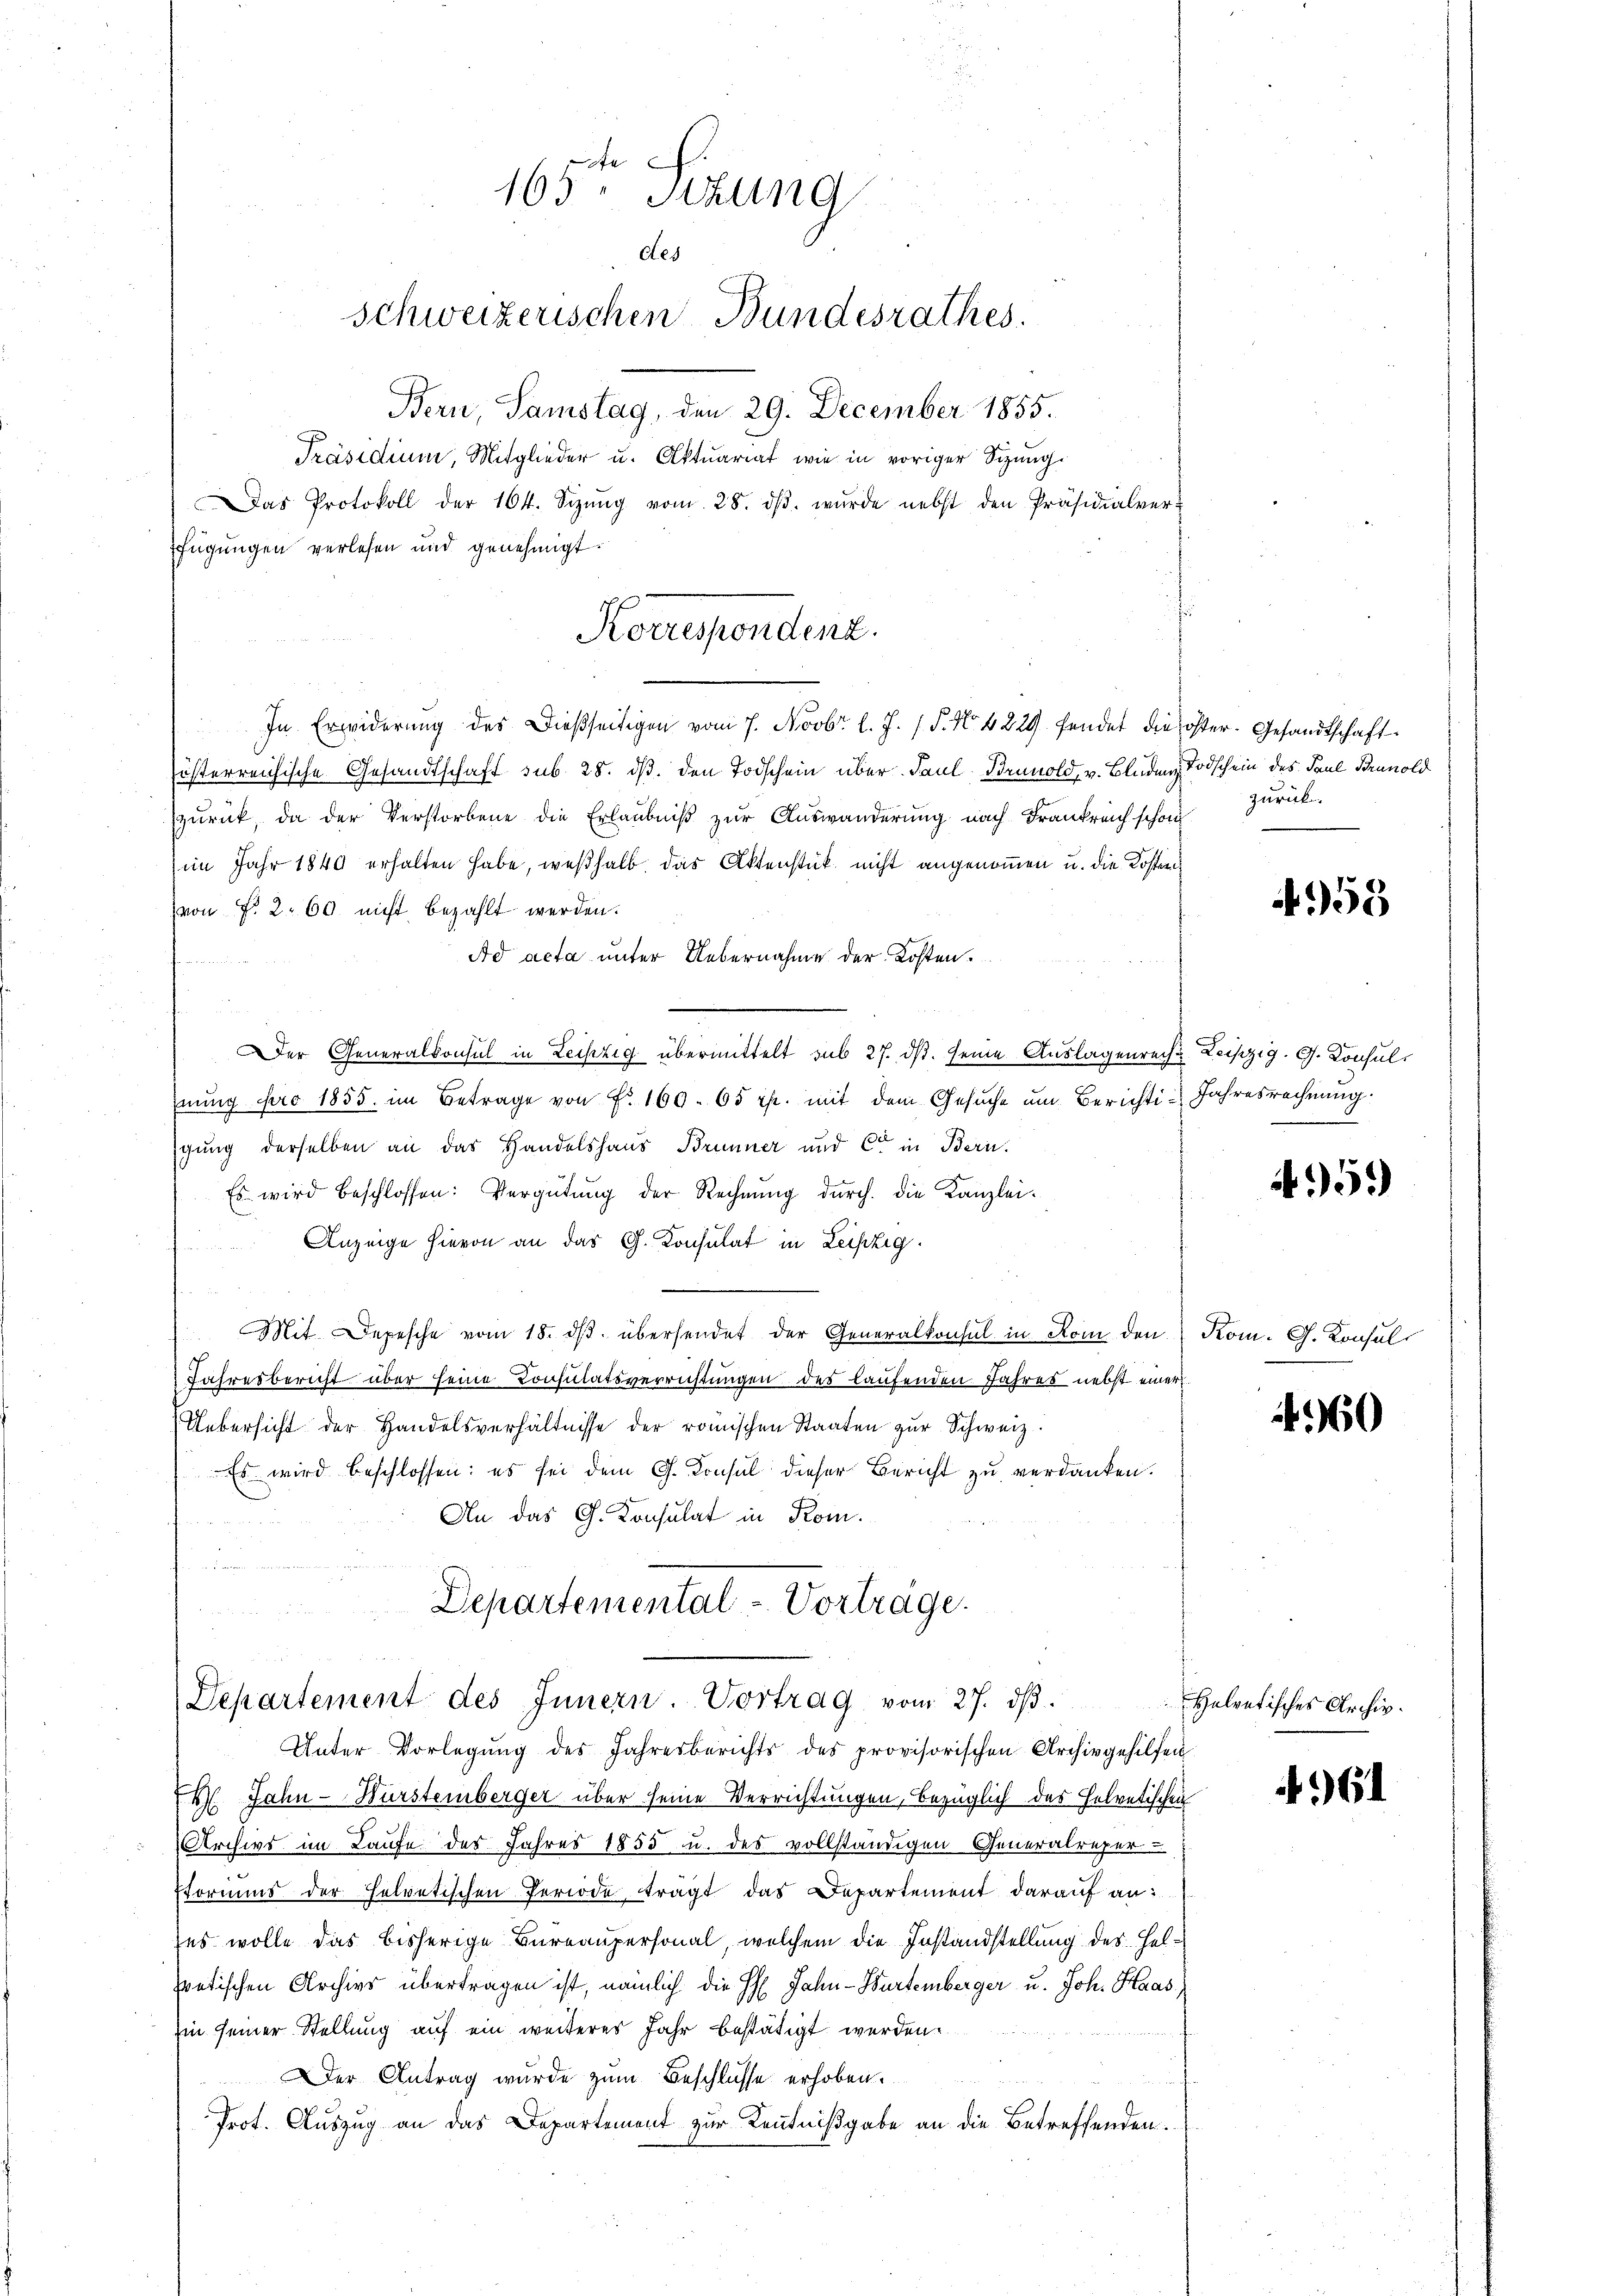
165ten Sizung
des
Schweizerischen Bundesrathes.
Bern, Samstag, den 29. December 1855.
Präsidium, Mitglieder u. Aktuariat wie in voriger Sizung.
Das Protokoll der 164. Sizŭng vom 28. dβ. wŭrde nebst den Präsidialver-
fügungen verlesen und genehmigt.

österreichische Gesandtschaft sub 28. ds. den Todschein über Paul Brunold, v. Bluden Todschein des Paul Brunold
zurück, da der Verstorbene die Erlaubniß zur Auswanderung nach Frankreich schon
(im Jahr 1840 erhalten habe, weßhalb. Das Aktenstück nicht angenommen u. die Kosten
(von Fr. 2. 60 nicht bezahlt werden.
Ad acta unter Uebernahme der Kosten
Der Generalkonsul in Leipzig übermittelt sub 27. ds. seine Auslagenreche Reiszig. G. Konsulnŭng pro 1855. im Betrage von Fr. 160. 65 rp. mit dem Gesŭche ŭm Berichti-Jahresrechnung.
gung derselben an das Handelshaus Brunner und C. in Bern.
Es wird beschlossen: Vergütŭng der Rechnŭng durch die Kanzlei-
Anzeige hievon an das G. Konsulat in Leipzig.
Mit Depesche vom 18. dβ übersendet der Generalkonsul in Rom den Kom. G. Konsul
Jahresbericht über seine Consulatsverrichtungen des laufenden Jahres nebst einer
Uebersicht der Handelsverhältnisse der römischen Staaten zŭr Schweiz.
Es wird beschlossen: es sei dem G. Konsul dieser Bericht zu verdanken.
An das G. Konsulat in Komn

Korrespondenz.
In Erwiderŭng des dießseitigen vom 7. Novbr. l. J. P. Nr. 4229 fendet die öster. Gesandtschaft

Departemental-Vorträge.
 25
Departement des Innern. Vortrag vom 27. dβ.

Unter Vorlegŭng des Jahresberichts des provisorischen Archivgehilfen
74. Jahn - Würstemberger über seine Verrichtungen, bezüglich des Helvetischen
Archive im Laufe des Jahres 1855 u. des vollständigen Generalreper-
sformens der helvetischen Periode trägt das Departement darauf an:
zes wolle das bisherige Bureaupersonal, welchem die Instandstellung des Helpretischen Archivs übertragen ist, nämlich die H. Jahn-Burtemberger u. Joh. Haas,
Ein seiner Stellung auf ein weiteres Jahr bestätigt werden.
Der Antrag wurde zum Beschlusse erhoben.
Prot. Auszug an das Departement zur Kenntnißgabe an die Betreffenden.

zurück.

458

5

460

Helvetisches Archiv.

161